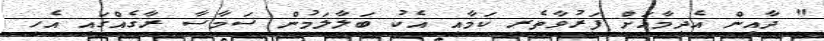
" ދާއިން އެދިމާއަށް ފަރުވާތެރި ކަމާއި އެކު ބަލާލަމުން ސަމާސާ ރާގެއްގައި އެހި